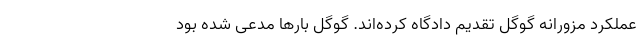
عملکرد مزورانه گوگل تقدیم دادگاه کرده‌اند. گوگل بارها مدعی شده بود